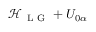
{ \mathcal { H } _ { \mathrm { ~ L ~ G ~ } } + U _ { 0 \alpha } }